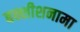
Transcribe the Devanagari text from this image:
बक्शीशनामा